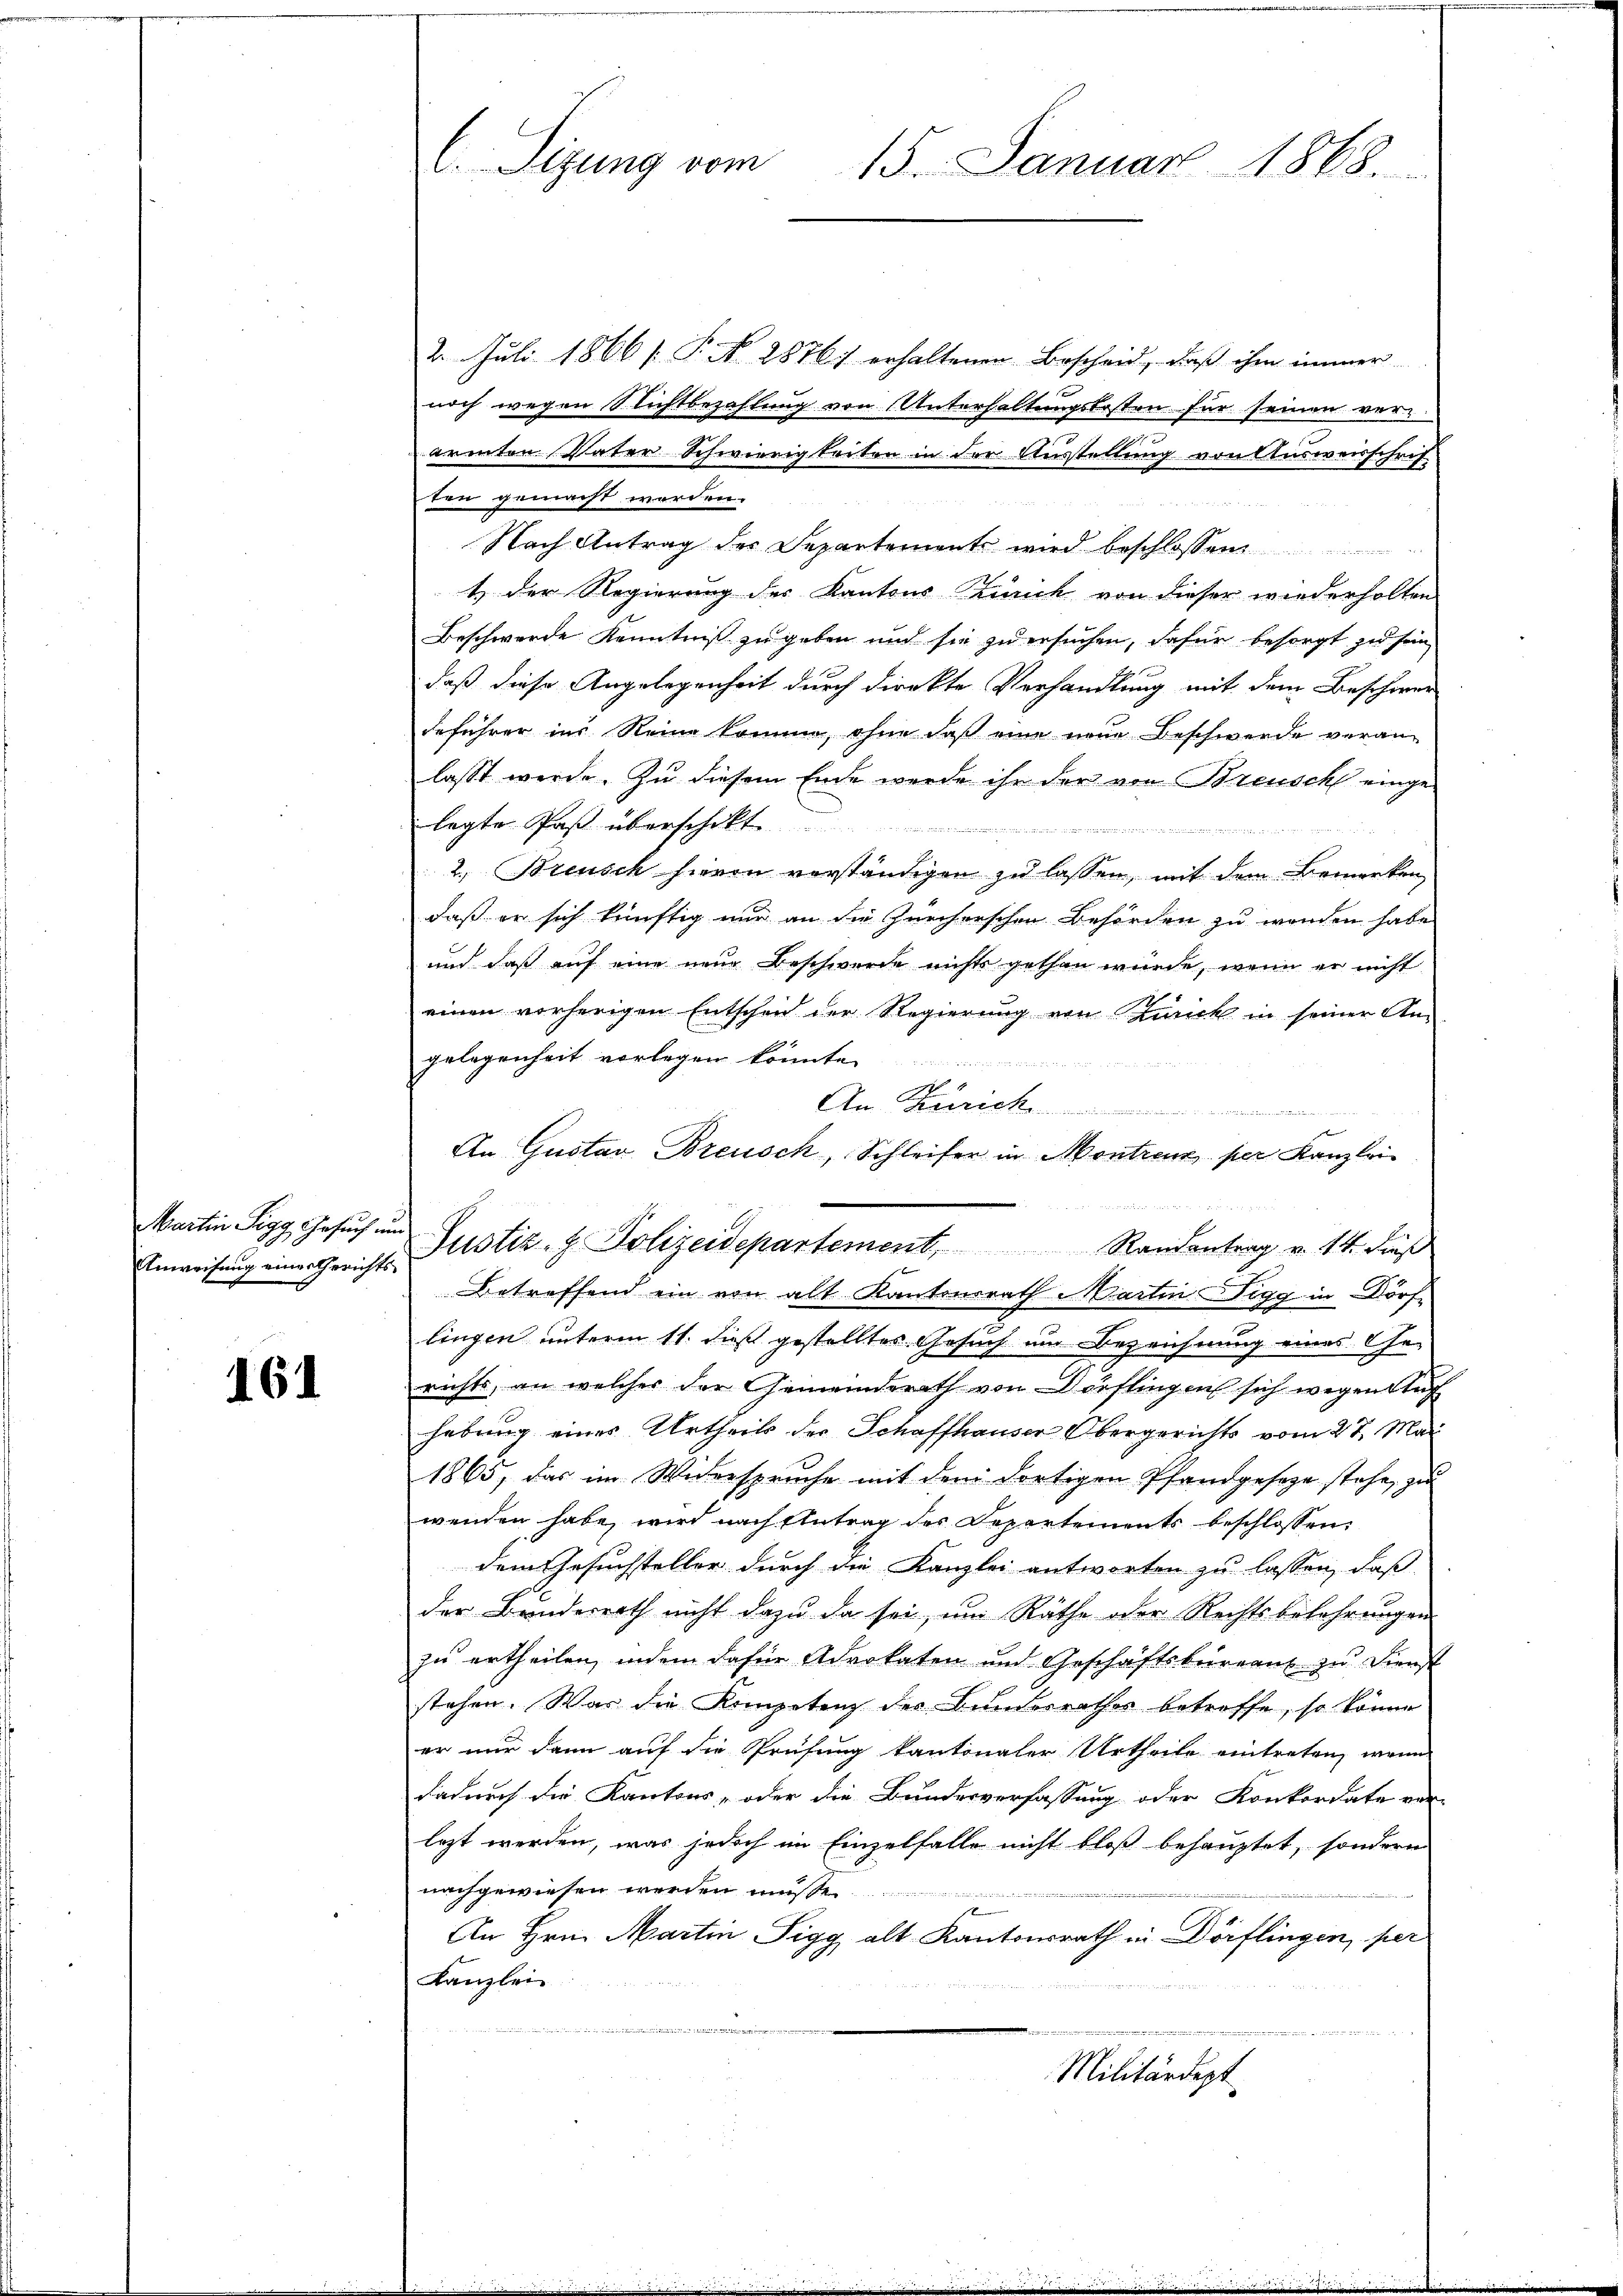
Martin Sigg Gesuch in
Anweisung einer Gerichts

161

2. Juli 1866 f. P. N. 2876 erhaltenen Bescheid, daß ihm immer
noch wegen Nichtbezahlung von Unterhaltungskosten für seinen verärmten Vater Schwierigkeiten in der Ausstellung von Ausweisschrif
ten gemacht worden.

Nach Antrag der Separtemente wird beschlossen
t der Regierung des Kantons Zürich von dieser wiederholten
Beschwerde Kenntniß zu geben und sie zu ersuchen, dafür besorgt zu sein
daß diese Angelegenheit durch direkte Verhandlung mit dem Beschwer
deführer ins Reine komme, ohne daß eine neue Beschwerde veranlasst werde. Zu diesem Ende werde ihr der von Breusch eingelegte Paß überschikt.

2. Breusch hieren verständigen zu lassen, mit dem Bemerken
daß er sich künftig nur an die Zürcherschen Behörden zu werden habe
und daß auf eine neue Beschwerde nichts gethan würde, wenn er nicht
einen vorherigen Entschen der Regierung von Zurck in seiner Angelegenheit vorlegen könnte
An Zürich
Betreffend ein von alt Kantonsrath Martin-Tigg in Dörflingen unterm 11. dieß gestelltes Gesuch im Bezeichnung eines Ehe-
richts, an welcher der Gemeinderath von Dörflingen sich wegen Stef
hebung eines Urtheils der Schaffhauser Obergerichts vom 27. Mai
1865, das im Widerspruche mit dem dortigen Pfandgesetze stehe, zu
wenden habe, wird nach Antrag des Departements beschlossen:
dem Gesuchsteller durch die Kanzlei antworten zu lassen, daß
der Bundesrath nicht dazu da sei, um Räthe oder Rechtsbelehrungen
zu ertheilen, indem dafür Advokaten und Geschäftsbüreaus zu Dienst
stehen. War die Kompetenz des Bundesrathes betreffe, so könne
er nur dann auf die Prüfung kantonaler Urtheile eintreten, wenn
dadurch die Kantons- oder die Bundesverfassung oder Konkordate ver-
lezt werden, was jedoch im Einzelfalle nicht bloß behauptet, sondern
nachgewiesen werden müße
f
An Hrn. Martin Sigg alt Kantonsrath in Dörflingen, per
Kanzlei
u
e
Militärdept

Sprung ein
15. Januar 1868.

An Gustav Breusch, Schleifer in Montrenz per Kanzlei
 Justiz- & Polizeidepartement, Randantrag v. 14. daß